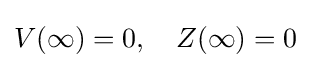
V(\infty )=0,\quad Z(\infty )=0